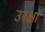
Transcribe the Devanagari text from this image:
उरक्षा